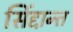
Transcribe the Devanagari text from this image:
सिंद्दान्त